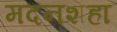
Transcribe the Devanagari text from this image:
मदनशहा